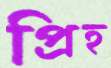
প্রিহ